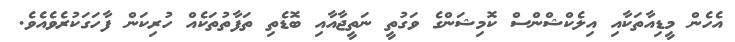
އެހެން މީޑިއާތަކާއި އިލެކްޝްންސް ކޮމިޝަންގެ ވަގުތީ ނަތީޖާއާއި ބޮޑެތި ތަފާތުތަކެއް ހުރިކަން ފާހަގަކުރެވެއެވެ.